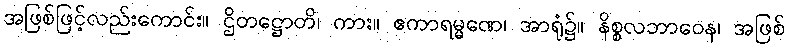
အဖြစ်ဖြင့်လည်းကောင်း။ ဌိတဋ္ဌောတိ၊ ကား။ ဧကာရမ္မဏေ၊ အာရုံ၌။ နိစ္စလဘာဝေန၊ အဖြစ်